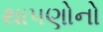
થાપણોનો